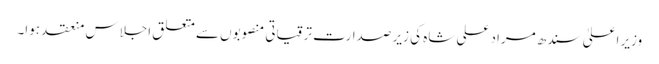
وزیرِ اعلیٰ سندھ مراد علی شاہ کی زیرِ صدارت ترقیاتی منصوبوں سے متعلق اجلاس منعقد ہوا۔